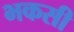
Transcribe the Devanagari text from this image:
भकसी